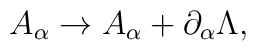
A_{\alpha}\rightarrow A_{\alpha} +\partial _{\alpha}\Lambda,